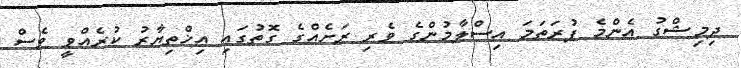
ދިމިޝްގު އެންމެ ފުރަތަމަ އިސްލާމުންގެ ވެރި ރަށެއްގެ ގޮތުގައި އިޚްތިޔާރު ކުރެއްވީ ވެސް